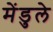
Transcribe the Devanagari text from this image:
मेंडुले